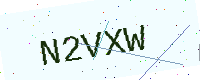
Text: N2VXW